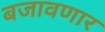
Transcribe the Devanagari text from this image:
बजावणार